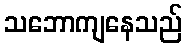
သဘောကျနေသည်